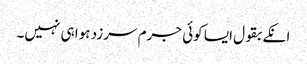
انکے بقول ایسا کوئی جرم سرزد ہوا ہی نہیں۔